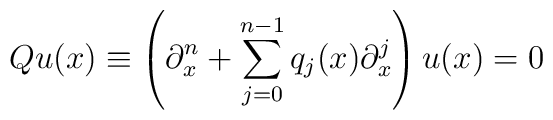
Qu(x)\equiv \left(\partial^n_x + \sum\limits_{j=0}^{n-1} q_{j}(x)  \partial^j_x \right) u(x)=0